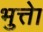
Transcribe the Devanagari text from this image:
भुत्तेा